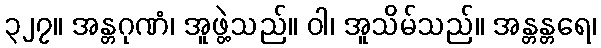
၃၂၇။ အန္တဂုဏံ၊ အူဖွဲ့သည်။ ဝါ၊ အူသိမ်သည်။ အန္တန္တရေ၊